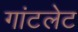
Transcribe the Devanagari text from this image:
गांटलेट